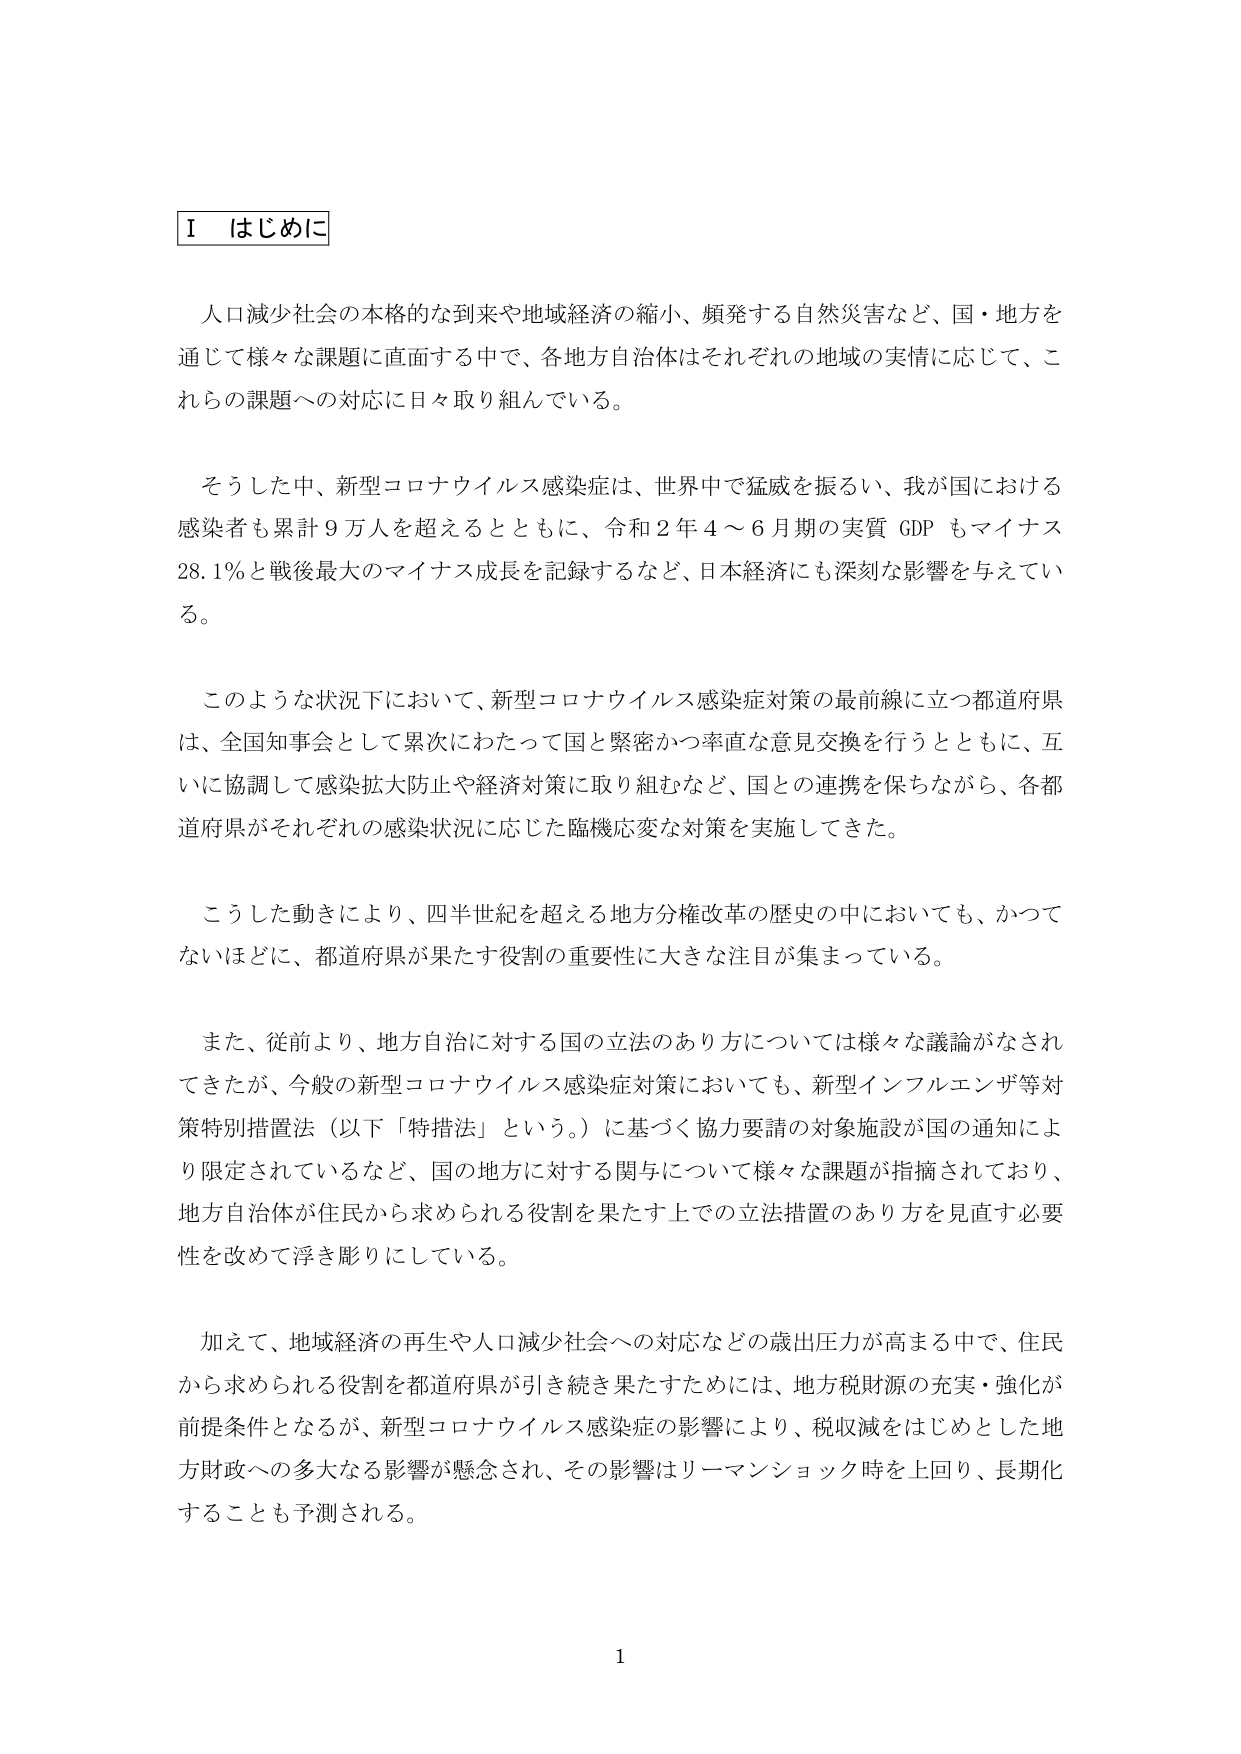
Ⅰ はじめに

人口減少社会の本格的な到来や地域経済の縮小、頻発する自然災害など、国・地方を通じて様々な課題に直面する中で、各地方自治体はそれぞれの地域の実情に応じて、これらの課題への対応に日々取り組んでいる。

そうした中、新型コロナウイルス感染症は、世界中で猛威を振るい、我が国における感染者も累計９万人を超えるとともに、令和２年４～６月期の実質GDPもマイナス28.1％と戦後最大のマイナス成長を記録するなど、日本経済にも深刻な影響を与えている。

このような状況下において、新型コロナウイルス感染症対策の最前線に立つ都道府県は、全国知事会として累次にわたって国と緊密かつ率直な意見交換を行うとともに、互いに協調して感染拡大防止や経済対策に取り組むなど、国との連携を保ちながら、各都道府県がそれぞれの感染状況に応じた臨機応変な対策を実施してきた。

こうした動きにより、四半世紀を超える地方分権改革の歴史の中においても、かつてないほどに、都道府県が果たす役割の重要性に大きな注目が集まっている。

また、従前より、地方自治に対する国の立法のあり方については様々な議論がなされてきたが、今般の新型コロナウイルス感染症対策においても、新型インフルエンザ等対策特別措置法（以下「特措法」という。）に基づく協力要請の対象施設が国の通知により限定されているなど、国の地方に対する関与について様々な課題が指摘されており、地方自治体が住民から求められる役割を果たす上での立法措置のあり方を見直す必要性を改めて浮き彫りにしている。

加えて、地域経済の再生や人口減少社会への対応などの歳出圧力が高まる中で、住民から求められる役割を都道府県が引き続き果たすためには、地方税財源の充実・強化が前提条件となるが、新型コロナウイルス感染症の影響により、税収減をはじめとした地方財政への多大なる影響が懸念され、その影響はリーマンショック時を上回り、長期化することも予測される。

1